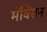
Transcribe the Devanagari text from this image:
मॅक्सिन